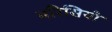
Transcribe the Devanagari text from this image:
मरिसियो